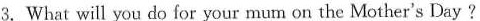
3.What will you do for your mum on the Mother's Day ?